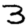
Digit: 3